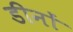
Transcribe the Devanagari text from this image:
डीनों